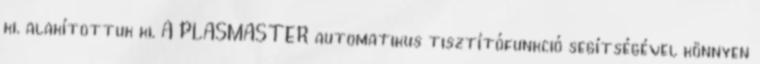
ki. alakítottuk ki. A PLASMASTER automatikus tisztítófunkció segítségével könnyen